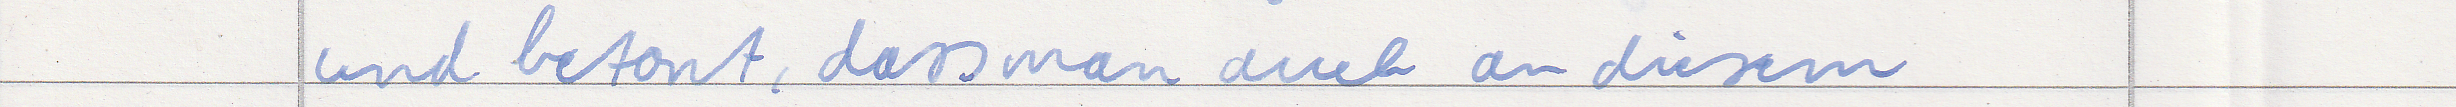
und betont, dass man auch an diesem